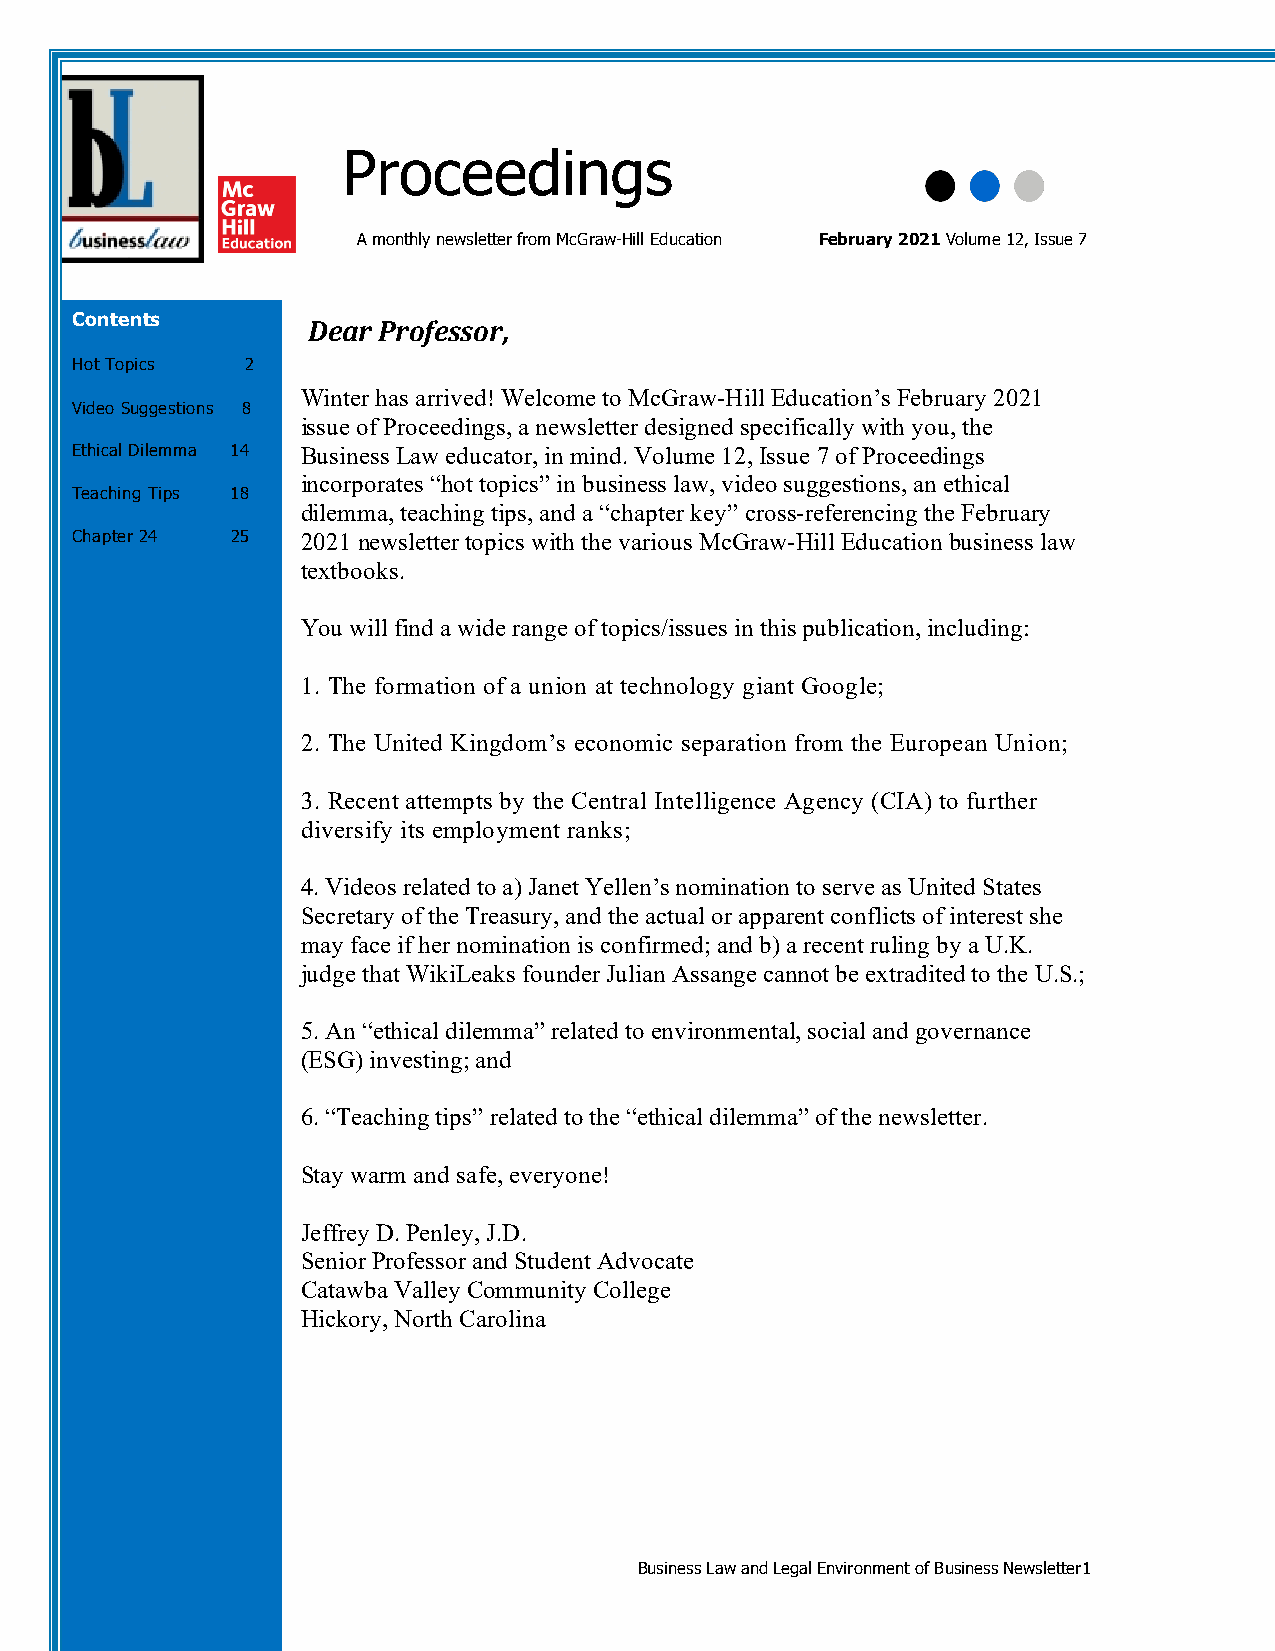
Proceedings
 A monthly newsletter from McGraw-Hill Education February 2021 Volume 12, Issue 7
 Contents       Dear Professor,
 Hot Topics 2
 Winter has arrived! Welcome to McGraw-Hill Education’s February 2021
 Video Suggestions 8
 issue of Proceedings, a newsletter designed specifically with you, the
 Ethical Dilemma 14 Business Law educator, in mind. Volume 12, Issue 7 of Proceedings
 incorporates “hot topics” in business law, video suggestions, an ethical
 Teaching Tips 18
 dilemma, teaching tips, and a “chapter key” cross-referencing the February
 Chapter 24 25  2 021 newsletter topics with the various McGraw-Hill Education business law
 textbooks.
 You will find a wide range of topics/issues in this publication, including:
 1. The formation of a union at technology giant Google;
 2. The United Kingdom’s economic separation from the European Union;
 3. Recent attempts by the Central Intelligence Agency (CIA) to further
 diversify its employment ranks;
 4. Videos related to a) Janet Yellen’s nomination to serve as United States
 Secretary of the Treasury, and the actual or apparent conflicts of interest she
 may face if her nomination is confirmed; and b) a recent ruling by a U.K.
 judge that WikiLeaks founder Julian Assange cannot be extradited to the U.S.;
 5. An “ethical dilemma” related to environmental, social and governance
 (ESG) investing; and
 6. “Teaching tips” related to the “ethical dilemma” of the newsletter.
 Stay warm and safe, everyone!
 Jeffrey D. Penley, J.D.
 Senior Professor and Student Advocate
 Catawba Valley Community College
 Hickory, North Carolina
 Business Law and Legal Environment of Business Newsletter1